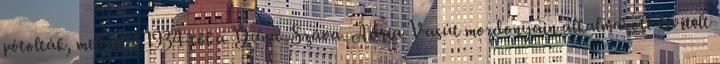
pótolták, melyeket 1934-től a Duna–Száva–Adria Vasút mozdonyain alkalmazott kivitelt